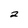
Character: 2